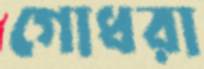
গোধরা